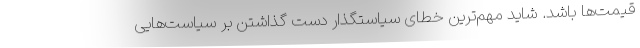
قیمت‌ها باشد. شاید مهم‌ترین خطای سیاستگذار دست گذاشتن بر سیاست‌هایی